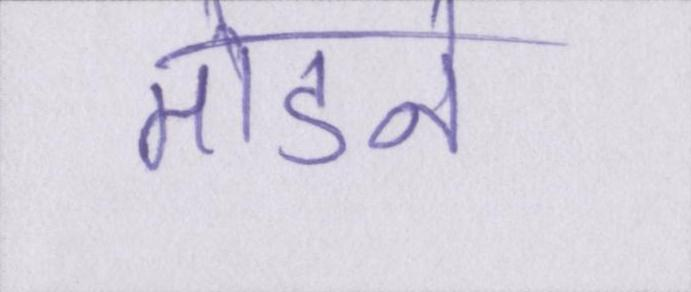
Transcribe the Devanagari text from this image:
तोडने